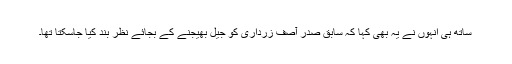
ساتھ ہی انہوں نے یہ بھی کہا کہ سابق صدر آصف زرداری کو جیل بھیجنے کے بجائے نظر بند کیا جاسکتا تھا۔